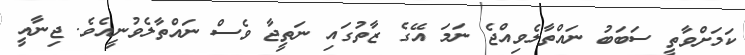
ކަމަށްވާތީ ސަބަބު ނައްތާލެވިއްޖެ ނަމަ އޭގެ ޒާތުގައި ނަތީޖާ ވެސް ނައްތާލެވުނީއެވެ. ޖިނާއީ